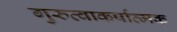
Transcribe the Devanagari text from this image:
गुरुत्वाकर्षात्मक